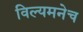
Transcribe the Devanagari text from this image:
विल्यमनेच